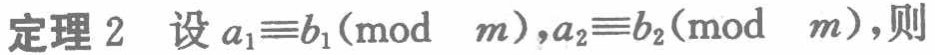
定理 2 设 \(a_1\equiv b_1(\bmod\ m),a_2\equiv b_2(\bmod\ m)\),则